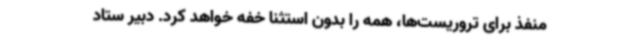
منفذ برای تروریست‌ها، همه را بدون استثنا خفه خواهد کرد. دبیر ستاد